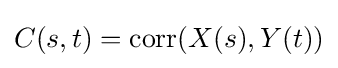
C(s,t)=\operatorname {corr} (X(s),Y(t))